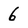
Character: 6